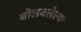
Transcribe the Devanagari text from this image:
बोलवलेल्या